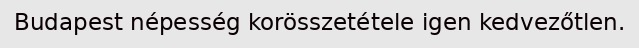
Budapest népesség korösszetétele igen kedvezőtlen.